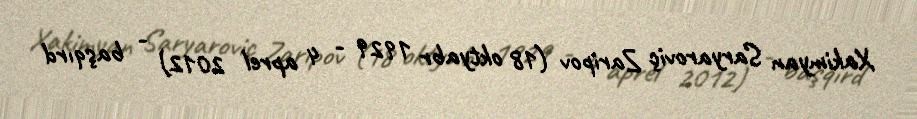
Xakimyan Saryaroviç Zaripov (18 oktyabr 1929 - 4 aprel 2012) - başqırd